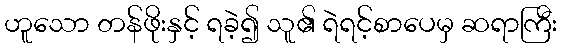
ဟူသော တန်ဖိုးနှင့် ရခဲ့၍ သူ၏ ရဲရင့်စာပေမှ ဆရာကြီး